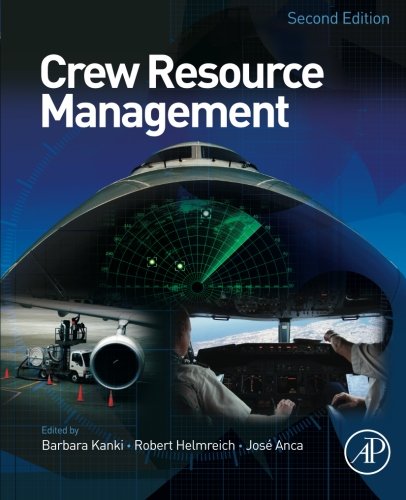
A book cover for Crew Resource Management, Second Edition; Medical Books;